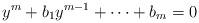
LaTeX: \begin{align*}y^m+b_1y^{m-1}+\dots+b_m=0\end{align*}